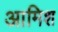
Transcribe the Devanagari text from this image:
आमिश